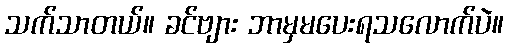
သက်သာတယ်။ ခင်ဗျား ဘာမှမပေးရသလောက်ပဲ။